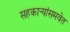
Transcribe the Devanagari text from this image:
सहकार्‍यांसमवेत